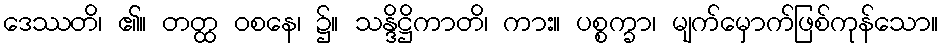
ဒေဿတိ၊ ၏။ တတ္ထ ဝစနေ၊ ၌။ သန္ဒိဋ္ဌိကာတိ၊ ကား။ ပစ္စက္ခာ၊ မျက်မှောက်ဖြစ်ကုန်သော။